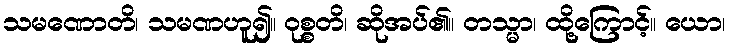
သမဏောတိ၊ သမဏဟူ၍။ ဝုစ္စတိ၊ ဆိုအပ်၏။ တသ္မာ၊ ထို့ကြောင့်။ ယော၊